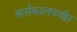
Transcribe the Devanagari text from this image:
कर्मकालपर्याप्त